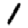
Digit: 1